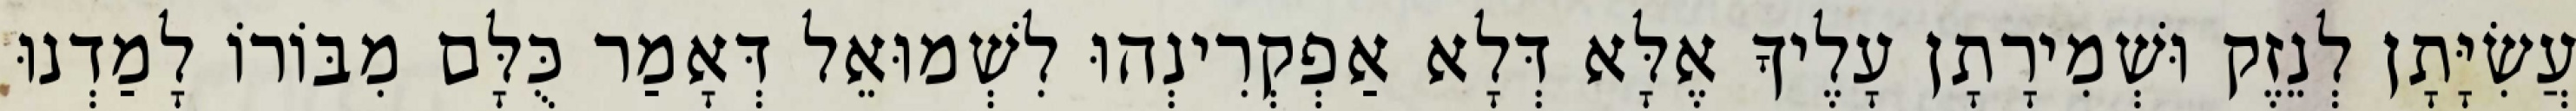
עֲשִׂיָּתָן לְנֵזֶק וּשְׁמִירָתָן עָלֶיךָ אֶלָּא דְּלָא אַפְקְרִינְהוּ לִשְׁמוּאֵל דְּאָמַר כֻּלָּם מִבּוֹרוֹ לָמַדְנוּ